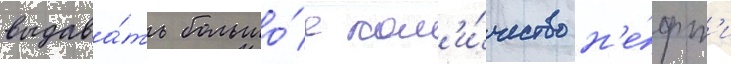
выдава́ть большо́е кол'и́чество н'е́фт'и